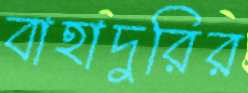
বাহাদুরির